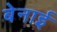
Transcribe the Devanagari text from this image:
बेनाई